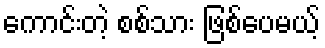
ကောင်းတဲ့ စစ်သား ဖြစ်ပေမယ့်